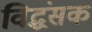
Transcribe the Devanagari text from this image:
विद्धंसक